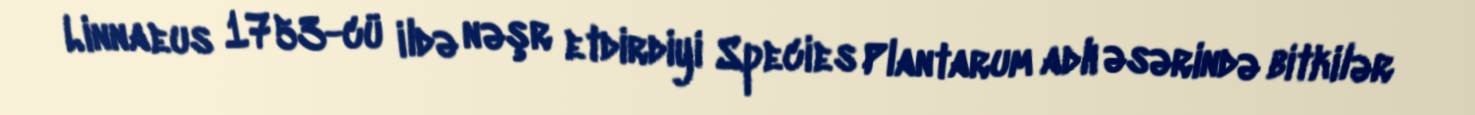
Linnaeus 1753-cü ildə nəşr etdirdiyi Species Plantarum adlı əsərində bitkilər